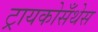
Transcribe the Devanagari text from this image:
ट्रायकोसँथेस